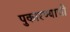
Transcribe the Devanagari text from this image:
पुकारण्याची